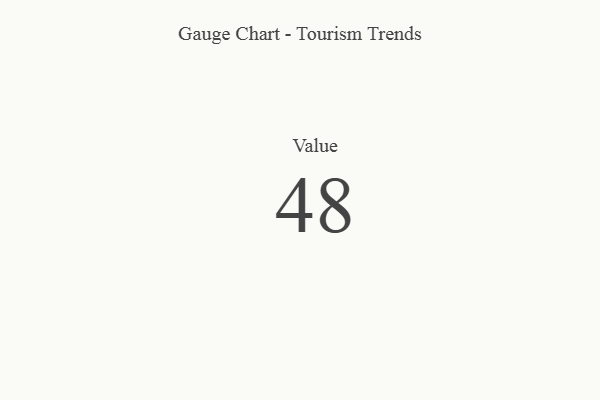
{"axis": {"x": "Metric", "y": "Value"}, "legend": [""], "data": [{"x": "Value", "y": 48, "type": ""}]}